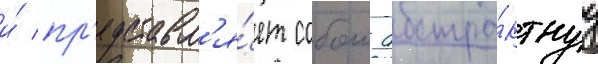
и́ пр'едставл'я́ет собои абстра́ктнуу